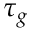
\tau _ { g }